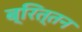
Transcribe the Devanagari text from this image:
ब्रित्तन